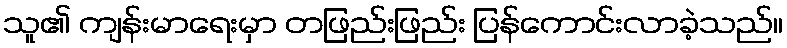
သူ၏ ကျန်းမာရေးမှာ တဖြည်းဖြည်း ပြန်ကောင်းလာခဲ့သည်။